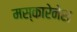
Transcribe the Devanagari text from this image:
मस्कारेनेस